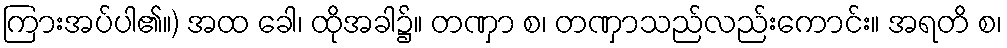
ကြားအပ်ပါ၏။) အထ ခေါ၊ ထိုအခါ၌။ တဏှာ စ၊ တဏှာသည်လည်းကောင်း။ အရတိ စ၊